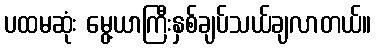
ပထမဆုံး မွေ့ယာကြီးနှစ်ချပ်သယ်ချလာတယ်။